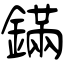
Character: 鏋